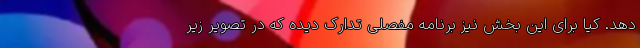
دهد. کیا برای این بخش نیز برنامه مفصلی تدارک دیده که در تصویر زیر